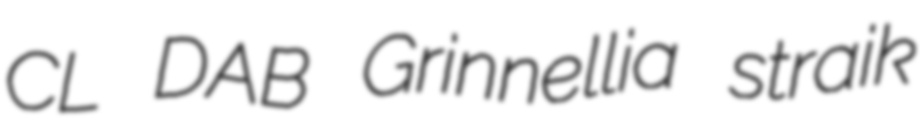
CL DAB Grinnellia straik